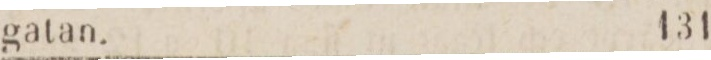
gatan.    131